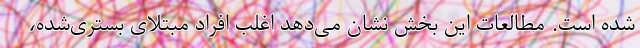
شده است. مطالعات این بخش نشان می‌دهد اغلب افراد مبتلای بستری‌شده،